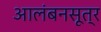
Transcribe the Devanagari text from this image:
आलंबनसूत्र